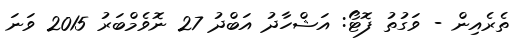
ތެރެއިން - ވަގުތު ފޮޓޯ: އަޝްހާދު އަބްދު 27 ނޮވެމްބަރު 2015 ވަނަ